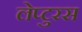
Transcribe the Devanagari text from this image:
लेप्टुरस